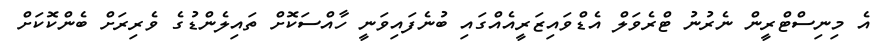
އެ މިނިސްޓްރީން ނެރުނު ޓްރެވަލް އެޑްވައިޒަރީއެއްގައި ބުނެފައިވަނީ ހާއްސަކޮށް ތައިލެންޑުގެ ވެރިރަށް ބެންކޮކަށް